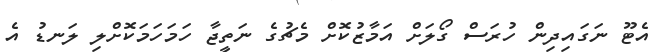
އެޓޫ ނަގައިދިން ހުރަސް ގޯލަށް އަމާޒުކޮށް މެޗުގެ ނަތީޖާ ހަމަހަމަކޮށްލި ލަނޑު އެ